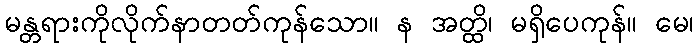
မန္တရားကိုလိုက်နာတတ်ကုန်သော။ န အတ္ထိ၊ မရှိပေကုန်။ မေ၊